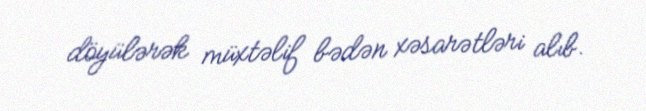
döyülərək müxtəlif bədən xəsarətləri alıb.